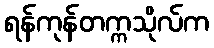
ရန်ကုန်တက္ကသိုလ်က